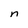
Character: n